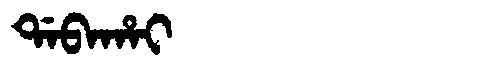
Manchu: ᡩᠠᠪᠠᡥᠠᡳ
Romanization: DABAHAI